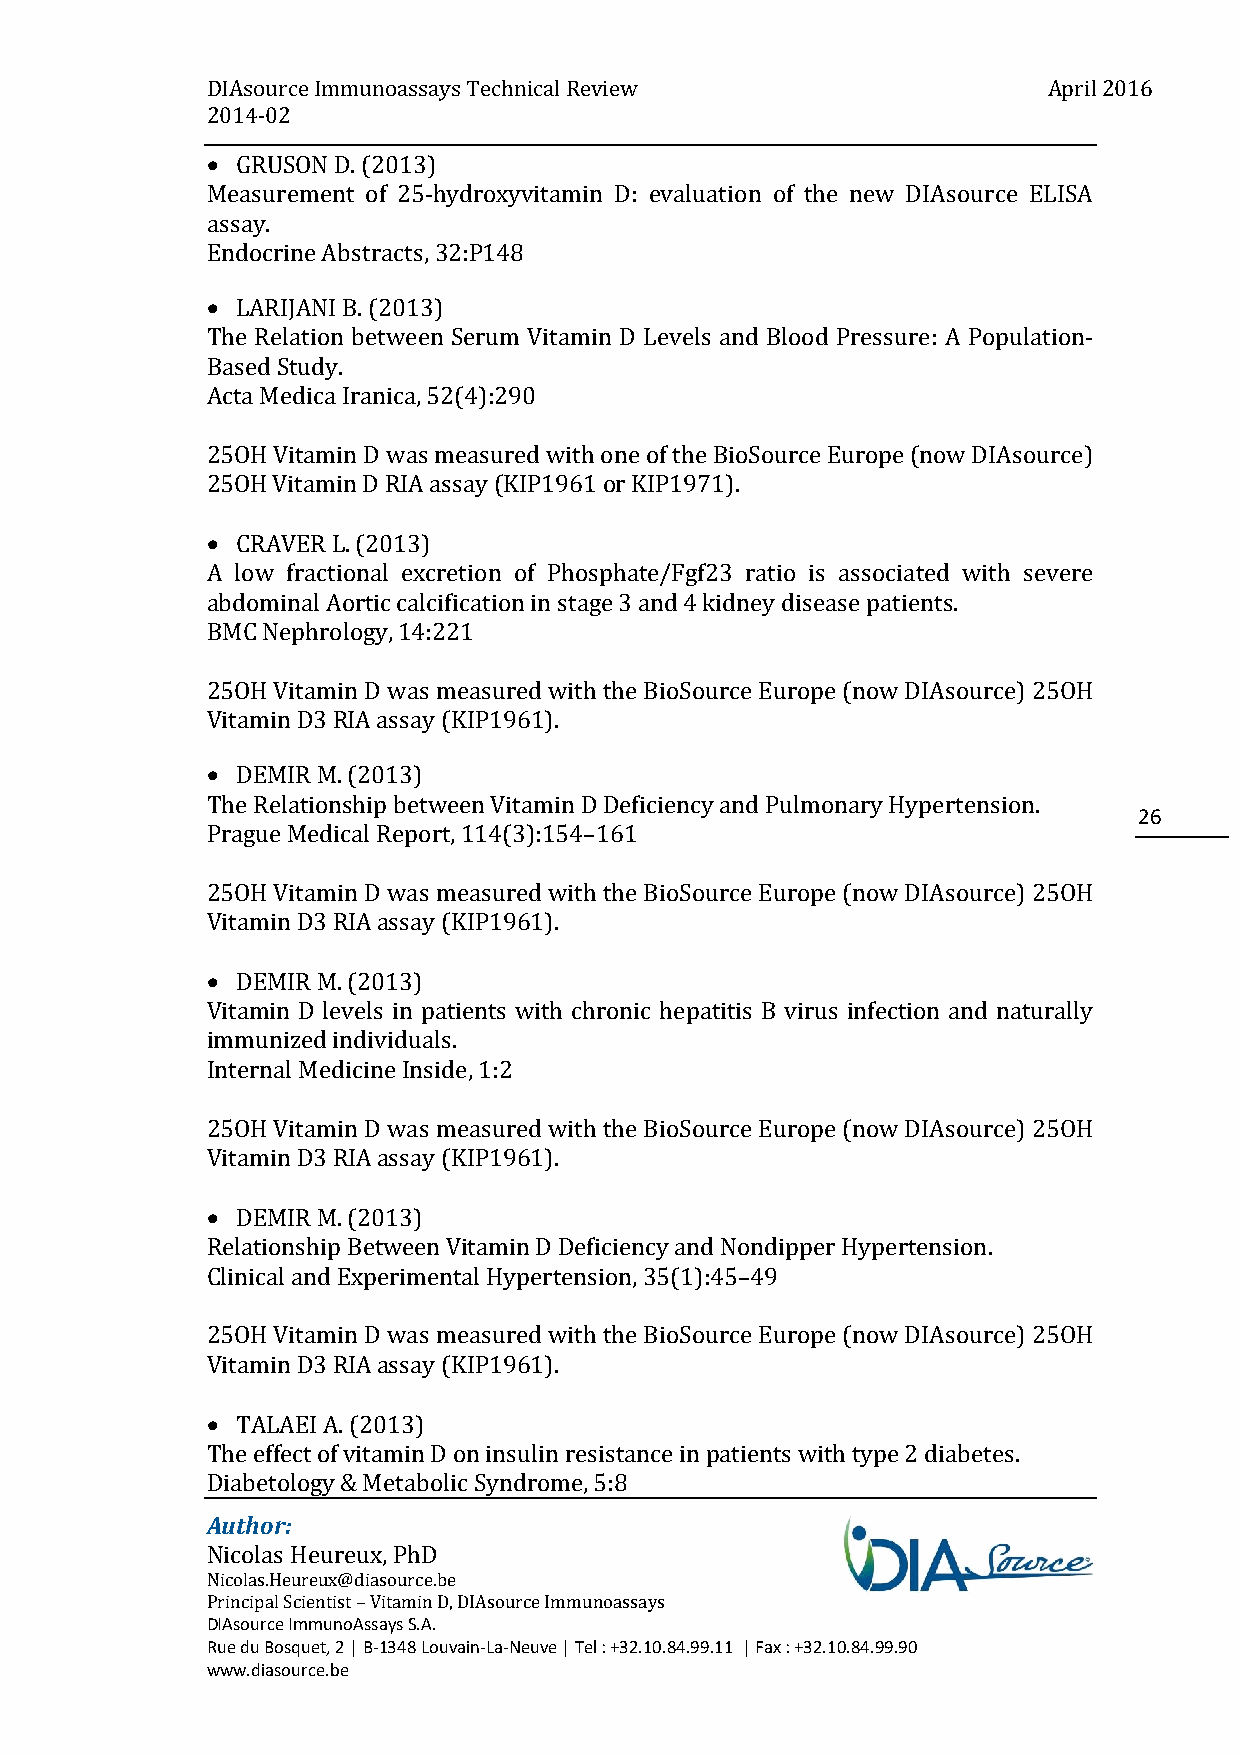
DIAsource Immunoassays Technical Review                April 2016
 2014-02
  GRUSON D. (2013)
 Measurement of 25-hydroxyvitamin D: evaluation of the new DIAsource ELISA
 assay.
 Endocrine Abstracts, 32:P148
  LARIJANI B. (2013)
 The Relation between Serum Vitamin D Levels and Blood Pressure: A Population-
 Based Study.
 Acta Medica Iranica, 52(4):290
 25OH Vitamin D was measured with one of the BioSource Europe (now DIAsource)
 25OH Vitamin D RIA assay (KIP1961 or KIP1971).
  CRAVER L. (2013)
 A low fractional excretion of Phosphate/Fgf23 ratio is associated with severe
 abdominal Aortic calcification in stage 3 and 4 kidney disease patients.
 BMC Nephrology, 14:221
 25OH Vitamin D was measured with the BioSource Europe (now DIAsource) 25OH
 Vitamin D3 RIA assay (KIP1961).
  DEMIR M. (2013)
 The Relationship between Vitamin D Deficiency and Pulmonary Hypertension.
 26
 Prague Medical Report, 114(3):154–161
 25OH Vitamin D was measured with the BioSource Europe (now DIAsource) 25OH
 Vitamin D3 RIA assay (KIP1961).
  DEMIR M. (2013)
 Vitamin D levels in patients with chronic hepatitis B virus infection and naturally
 immunized individuals.
 Internal Medicine Inside, 1:2
 25OH Vitamin D was measured with the BioSource Europe (now DIAsource) 25OH
 Vitamin D3 RIA assay (KIP1961).
  DEMIR M. (2013)
 Relationship Between Vitamin D Deficiency and Nondipper Hypertension.
 Clinical and Experimental Hypertension, 35(1):45–49
 25OH Vitamin D was measured with the BioSource Europe (now DIAsource) 25OH
 Vitamin D3 RIA assay (KIP1961).
  TALAEI A. (2013)
 The effect of vitamin D on insulin resistance in patients with type 2 diabetes.
 Diabetology & Metabolic Syndrome, 5:8
 Author:
 Nicolas Heureux, PhD
 Nicolas.Heureux@diasource.be
 Principal Scientist – Vitamin D, DIAsource Immunoassays
 DIAsource ImmunoAssays S.A.
 Rue du Bosquet, 2 | B-1348 Louvain-La-Neuve | Tel : +32.10.84.99.11 | Fax : +32.10.84.99.90
 www.diasource.be